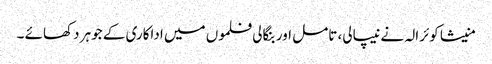
منیشا کوئرالہ نے نیپالی، تامل اور بنگالی فلموں میں اداکاری کے جوہر دکھائے ۔